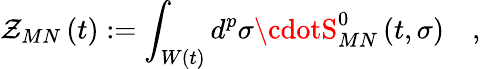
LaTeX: \mathcal{Z}_{MN}\left(t\right):=\int_{W\left(t\right)}d^{p}\sigma\cdotS_{MN}^{0}\left(t,\sigma\right)\quad,